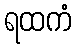
ရထကံ